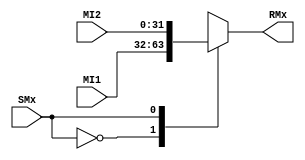
`timescale 1ns/1ns

//1- Module y Puertos 1/0
module MxDP (
		
		//Entradas
		input SMx,
		input [31:0]MI1,
		input [31:0]MI2,
		//Salidas
		output reg[31:0]RMx

);

//2- Delcaracion de seales --> NA(No aplica)

//3- Cuerpo del modulo

//Case 0 = MI1
//Case 1 = MI2

//Bloque Always
always @* begin        
	
	case ( SMx )

		0: RMx = MI1;

		1: RMx = MI2;

	//default:

	//	RMx = 5'bx;

	endcase
//$display ( " SMx[%d]; MI1[%d]; MI2[%d]; RMx[%d]; ",SMx,MI1,MI2,RMx); 
end

endmodule